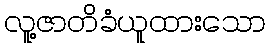
လူ့ဇာတိခံယူထားသော